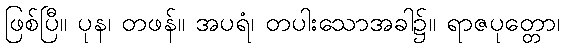
ဖြစ်ပြီ။ ပုန၊ တဖန်။ အပရံ၊ တပါးသောအခါ၌။ ရာဇပုတ္တော၊